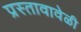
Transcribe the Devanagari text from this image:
प्रस्तावावेळी